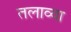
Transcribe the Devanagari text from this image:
तलाव्या